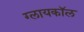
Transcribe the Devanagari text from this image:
ग्लायकॉल